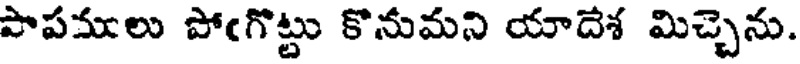
పాపములు పోఁగొట్టు కొనుమని యాదేశ మిచ్చెను.